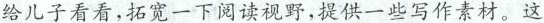
给儿子看看，拓展一下阅读视野，提供一些写作材料。这